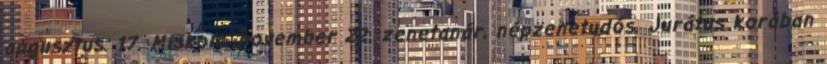
augusztus. 17. Miskolc, november 22. zenetanár, népzenetudós. Jurátus korában